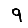
Digit: 9